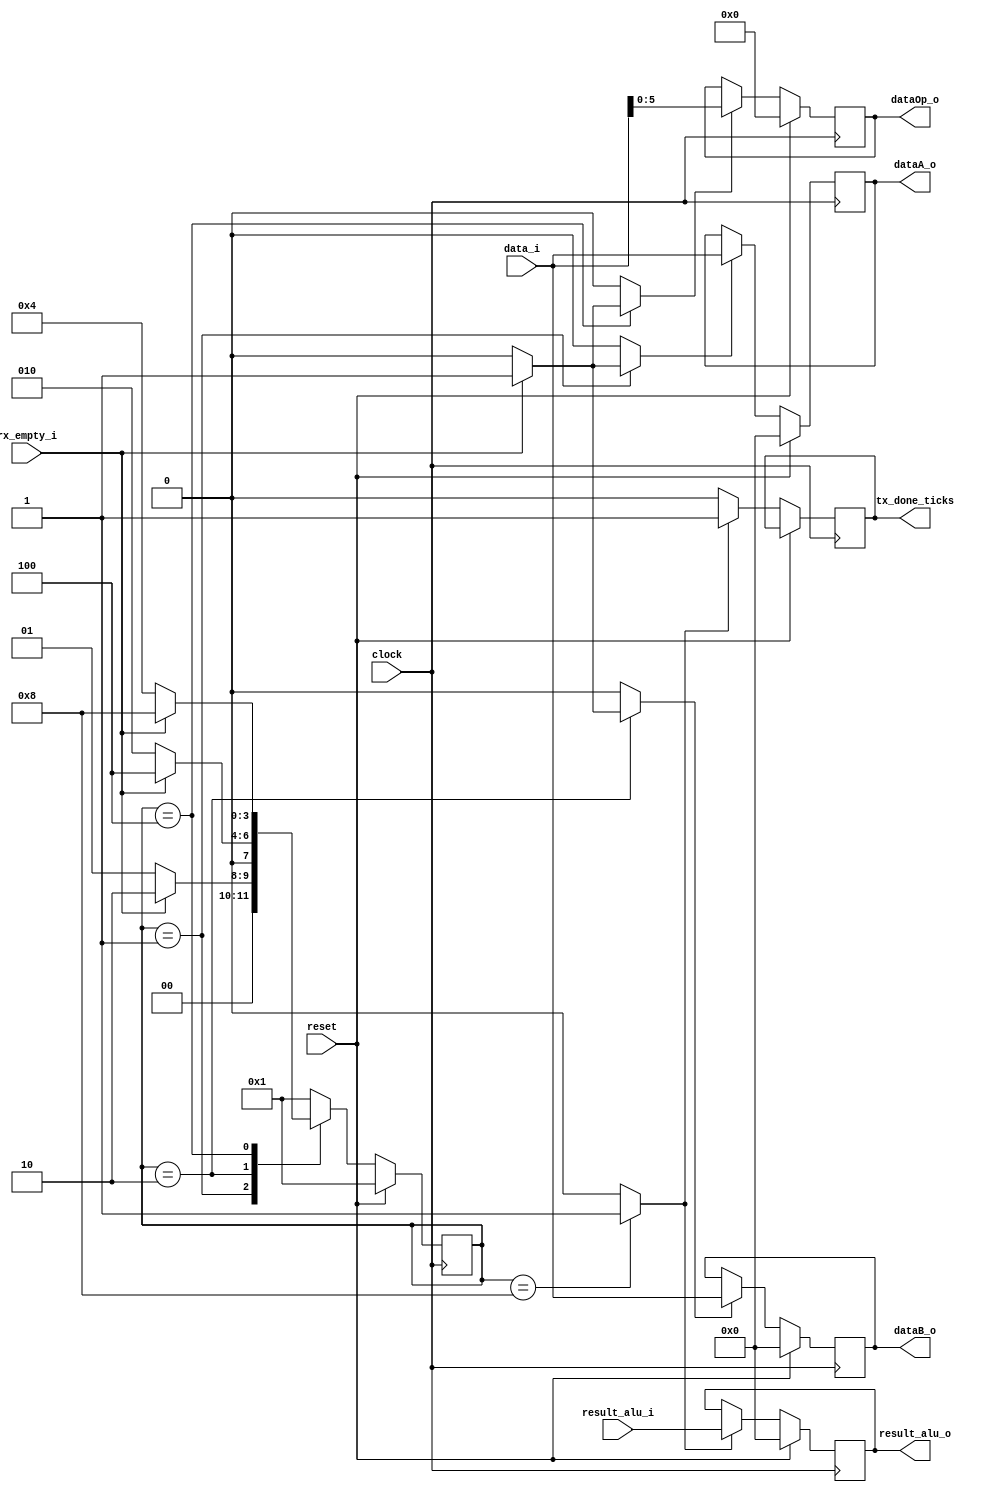
`timescale 10ns / 1ps
module Int_Alu
	#(
		parameter N_BITS_DATA  = 8,
		parameter N_BITS_OP    = 6,
		parameter N_BITS_STATE = 4
	)
	(
		input wire clock,
		input wire reset,
		input wire rx_empty_i,
		input wire [N_BITS_DATA-1:0] data_i,
		input wire [N_BITS_DATA-1:0] result_alu_i,		
		output wire  tx_done_ticks,								
		output wire [N_BITS_DATA-1:0] dataA_o,
		output wire [N_BITS_DATA-1:0] dataB_o,
		output wire [N_BITS_OP-1:0] dataOp_o,
		output wire [N_BITS_DATA-1:0] result_alu_o
	);

	
	localparam 	[N_BITS_STATE-1:0]          DatoA     =  4'b0001;
	localparam 	[N_BITS_STATE-1:0]			DatoB     =  4'b0010;
	localparam 	[N_BITS_STATE-1:0]			DatoOp    =  4'b0100;
	localparam 	[N_BITS_STATE-1:0]			ResultALU =  4'b1000;


	reg [N_BITS_DATA-1:0] dataA, dataB, dataResult;
	reg [N_BITS_OP-1:0] dataOp;
	reg tx_done_ticks_reg;
	reg read_dataA_en, read_dataB_en, read_dataOp_en, send_tx_result;
	reg [N_BITS_STATE-1:0] state, next_state;

	always @(posedge clock) 
		begin			
			if (reset)
				begin
					state <= DatoA;						
				end
			else
				state <= next_state;
		end

	always @(posedge clock)
    	begin
    		if (reset)
    			dataA <= {N_BITS_DATA{1'b0}};
      		
    		else
    			begin
    				if (read_dataA_en)
		    			dataA <= data_i;
		    		else
		    			dataA <= dataA; 
		    		
    			end
    	end

   	always @(posedge clock)
    	begin
    		if (reset)
    			dataB  <= {N_BITS_DATA{1'b0}};
  
    		else
    			begin
    				if (read_dataB_en)
    					dataB <= data_i;
    				else
		    			dataB <= dataB;	
    			end
    	end

	always @(posedge clock)
    	begin
    		if (reset)
    			dataOp <= {N_BITS_DATA{1'b0}};
    		
    		else
    			begin
    				if (read_dataOp_en)
    					dataOp <= data_i;
    				else
		    			dataOp <= dataOp;
    					
    			end

    	end
    always @(posedge clock)
    	begin
    		if (reset)
   				dataResult <= {N_BITS_DATA{1'b0}};
	
    		else 
    			begin
    				if (send_tx_result)
    					begin
    						dataResult <= result_alu_i;
    						tx_done_ticks_reg <= 1'b1;
    					end
    				else
    					tx_done_ticks_reg <= 1'b0;
    			end
    							
       	end

	always @(*) //logica de cambio de estado
		begin: next_state_logic
		
		    read_dataA_en = 1'b0;
		    read_dataB_en = 1'b0;
			read_dataOp_en = 1'b0;
			send_tx_result = 1'b0;
			next_state = state;

			case (state)
				DatoA:
					begin
						if (rx_empty_i)
							begin
								read_dataA_en = 1'b1;
								next_state  = DatoB;																								
							end
						else
						  begin
						      next_state  = DatoA;						      
						  end
							
											
					end
				DatoB:
					begin
						if (rx_empty_i)
							begin
								read_dataB_en = 1'b1;
								next_state  = DatoOp;								
							end				
					   else
						  begin
						      next_state  = DatoB;						      
						  end						
					end
				DatoOp:					
					begin
						if (rx_empty_i)
							begin
								read_dataOp_en = 1'b1;
								next_state  = ResultALU;								
							end
						else
						  begin
						      next_state  = DatoOp;						      
						  end
								
					end						
				ResultALU: 
					begin
						send_tx_result = 1'b1;
						next_state   = DatoA;
					end
				default:
					next_state = DatoA;					
			endcase
		end
		
	/* salidas */
	assign dataA_o           = dataA;
	assign dataB_o           = dataB;
	assign dataOp_o          = dataOp;
	assign result_alu_o      = dataResult;
	assign tx_done_ticks     = tx_done_ticks_reg;

endmodule